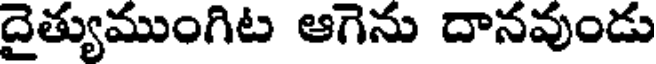
దైత్యుముంగిట ఆగెను దానవుండు